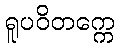
ရူပဝိတက္ကေ